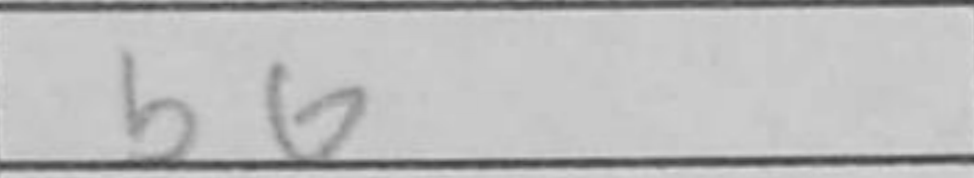
Transcription: b6